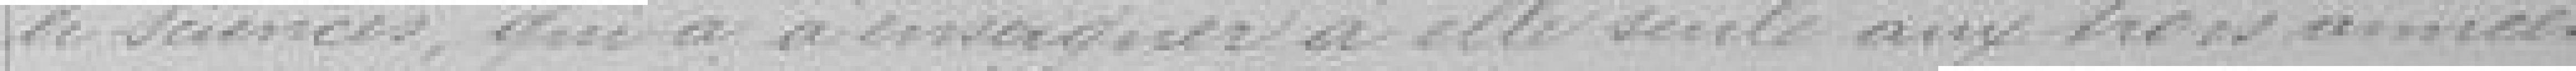
des sciences, qui a à enseigner à elle seule aux trois années